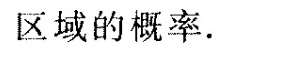
区域的概率。